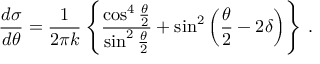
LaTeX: \frac { d \sigma } { d \theta } = \frac { 1 } { 2 \pi k } \left\{ \frac { \cos ^ { 4 } \frac { \theta } { 2 } } { \sin ^ { 2 } \frac { \theta } { 2 } } + \sin ^ { 2 } \left( \frac { \theta } { 2 } - 2 \delta \right) \right\} \, .